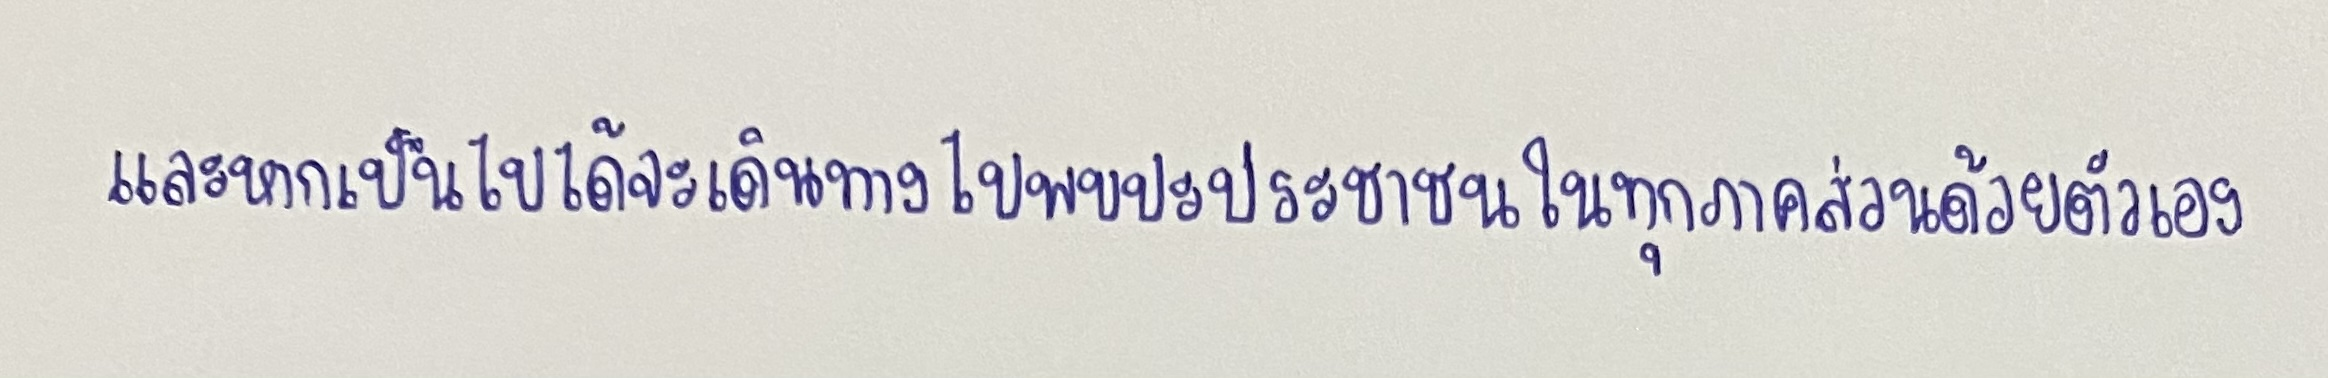
และหากเป็นไปได้จะเดินทางไปพบปะประชาชนในทุกภาคส่วนด้วยตัวเอง